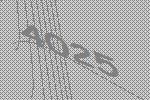
4025